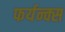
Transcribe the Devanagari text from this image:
फर्यन्क्स